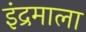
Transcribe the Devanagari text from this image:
इंद्रमाला